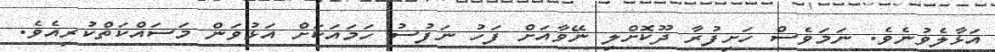
އަޅާލެވުނެވެ. ނަމަވެސް ހަށިފުރާ ދޫކޮށްލި ނޭވާއަށް ފަހު ނަފުސު ހަމައަކަށް އަޅުވަން މަސައްކަތްކުރިއެެވެ.